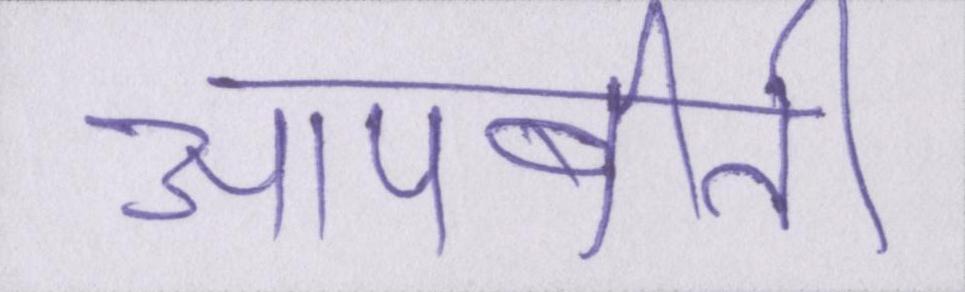
आपबीती